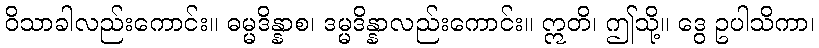
ဝိသာခါလည်းကောင်း။ ဓမ္မဒိန္နာစ၊ ဒမ္မဒိန္နာလည်းကောင်း။ ဣတိ၊ ဤသို့။ ဒွေ ဥပါသိကာ၊